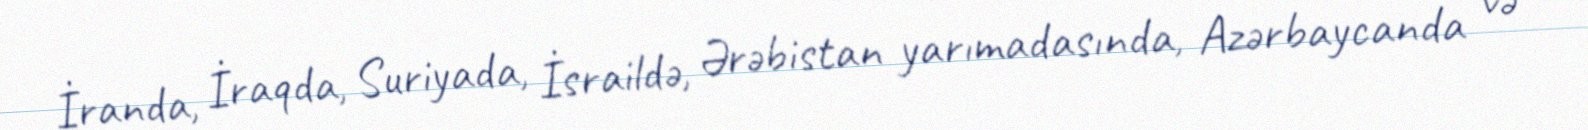
İranda, İraqda, Suriyada, İsraildə, Ərəbistan yarımadasında, Azərbaycanda və